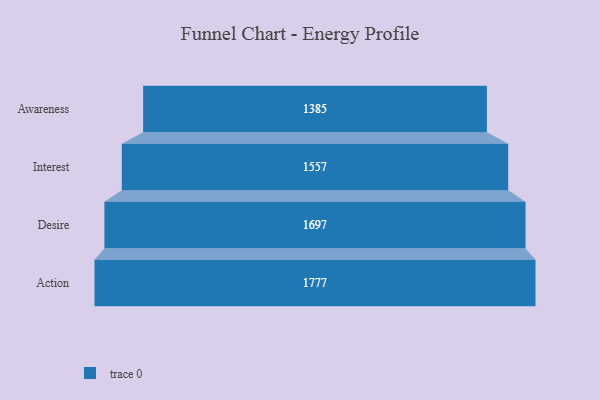
{"axis": {"x": "Stage", "y": "Value"}, "legend": [""], "data": [{"x": "Awareness", "y": 1385.0, "type": ""}, {"x": "Interest", "y": 1557.0, "type": ""}, {"x": "Desire", "y": 1697.0, "type": ""}, {"x": "Action", "y": 1777.0, "type": ""}]}